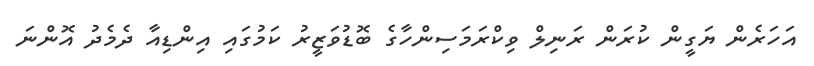
އަހަރެން ޔަގީން ކުރަން ރަނިލް ވިކްރަމަސިންހާގެ ބޮޑުވަޒީރު ކަމުގައި އިންޑިއާ ދެމެދު އޮންނަ